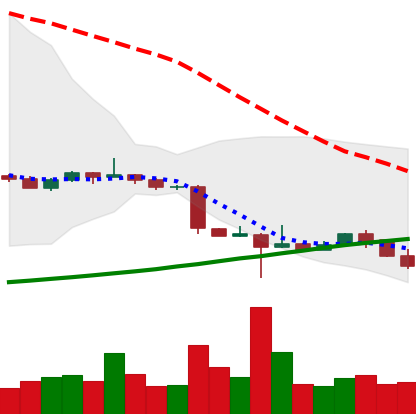
Ticker: ETC-USD
Chart end date: 2022-10-20
Forward return: 14.136%
Label: up_7plus